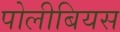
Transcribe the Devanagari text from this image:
पोलीबियस